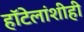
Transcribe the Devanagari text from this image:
हॉटेलांशीही